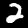
Label: 2